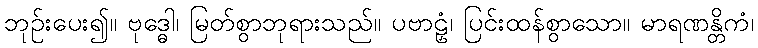
ဘုဉ်းပေး၍။ ဗုဒ္ဓေါ၊ မြတ်စွာဘုရားသည်။ ပဗာဠှံ၊ ပြင်းထန်စွာသော။ မာရဏန္တိကံ၊